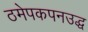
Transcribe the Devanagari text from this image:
ठमेपकपनउद्ध